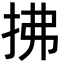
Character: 拂